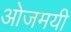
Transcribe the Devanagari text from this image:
ओजमयी